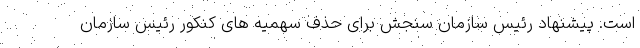
است. پیشنهاد رئیس سازمان سنجش برای حذف سهمیه های کنکور رئیس سازمان